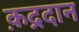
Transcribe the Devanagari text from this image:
क़द्रदान